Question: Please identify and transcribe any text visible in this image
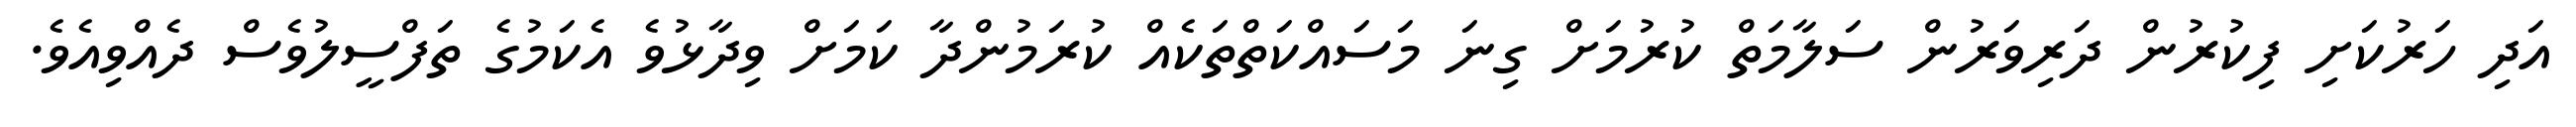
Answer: އަދި ހަރުކަށި ފިކުރުން ދަރިވަރުން ސަލާމަތް ކުރުމަށް ގިނަ މަސައްކަތްތަކެއް ކުރަމުންދާ ކަމަށް ވިދާޅުވެ އެކަމުގެ ތަފްސީލުވެސް ދެއްވިއެވެ.